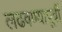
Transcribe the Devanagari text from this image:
लढवण्यापूर्वी